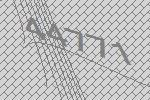
44771